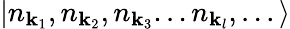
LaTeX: |n_{\mathbf{k}_{1}},n_{\mathbf{k}_{2}},n_{\mathbf{k}_{3}}...n_{\mathbf{k}_{l}},...\rangle